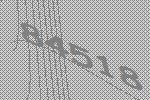
84518